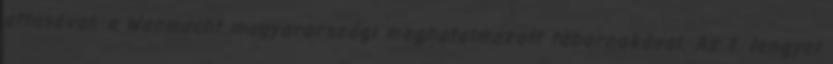
attaséval, a Wermacht magyarországi meghatalmazott tábornokával. Az 1. lengyel